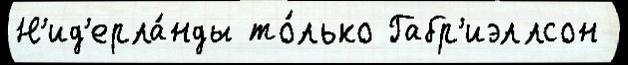
Н'ид'ерла́нды то́лько Габр'иэллсон